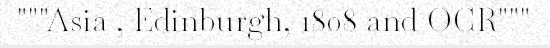
"""Asia , Edinburgh, 1808 and OCR"""